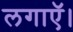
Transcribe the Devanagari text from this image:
लगाऍ।